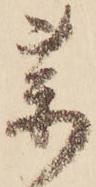
薬